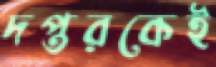
দপ্তরকেই